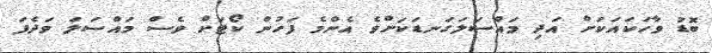
ބޮޑު ވާހަކައަކަށް އަދި މައްސަލަގަނޑަކަށްވެ އެންމެ ފަހުން ކޯޓަށް ވެސް މައްސަލަ ވަދެފަ